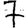
Digit: 7